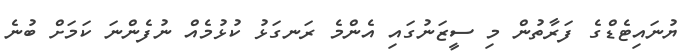
ޔުނައިޓެޑްގެ ފަރާތުން މި ސީޒަނުގައި އެންމެ ރަނގަޅު ކުޅުމެއް ނުފެންނަ ކަމަށް ބުނެ